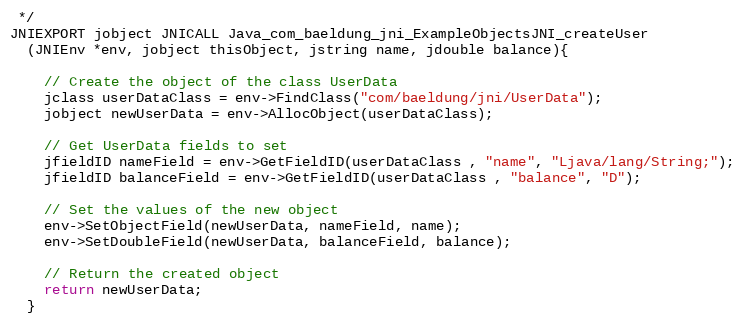
Language: C++
 */
JNIEXPORT jobject JNICALL Java_com_baeldung_jni_ExampleObjectsJNI_createUser
  (JNIEnv *env, jobject thisObject, jstring name, jdouble balance){

    // Create the object of the class UserData
    jclass userDataClass = env->FindClass("com/baeldung/jni/UserData");
    jobject newUserData = env->AllocObject(userDataClass);

    // Get UserData fields to set
    jfieldID nameField = env->GetFieldID(userDataClass , "name", "Ljava/lang/String;");
    jfieldID balanceField = env->GetFieldID(userDataClass , "balance", "D");

    // Set the values of the new object
    env->SetObjectField(newUserData, nameField, name);
    env->SetDoubleField(newUserData, balanceField, balance);

    // Return the created object
    return newUserData;
  }